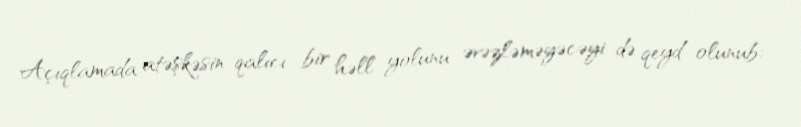
Açıqlamada atəşkəsin qalıcı bir həll yolunu əvəzləməyəcəyi də qeyd olunub: